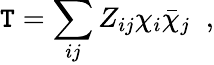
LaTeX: \mathtt{T}=\sum_{ij}Z_{ij}\chi_{i}\bar{{\chi}}_{j}\; \; ,